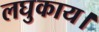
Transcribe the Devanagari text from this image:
लघुकाय।